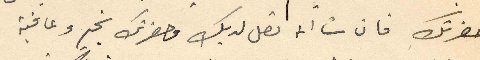
حضرتك فان شا انه تصل لديك وحضرتك بخير وعافية